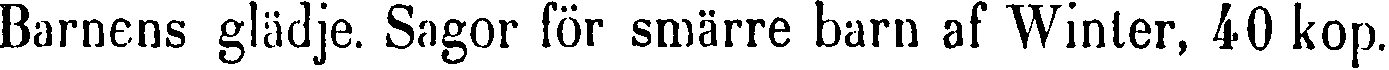
Barnens glädje. Sagor för smärre barn af Winter, 40 kop.